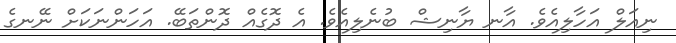
ނިއަލް އަހާލިއެވެ. އާނ ޔާނިޝް ބުނެލިއެވެ. އެ ދޮގެއް ދޮންތަބޭ. އަހަންނަކަށް ނޭނގެ